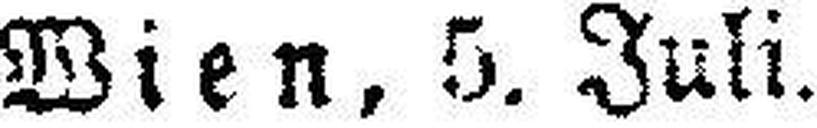
Wien, 5. Juli.